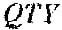
QTY